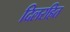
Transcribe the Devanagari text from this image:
दिलरहित